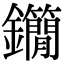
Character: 𨰓